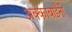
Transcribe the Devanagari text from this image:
अक्काबाईंनी